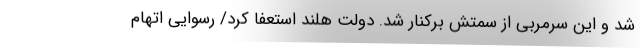
شد و این سرمربی از سمتش برکنار شد. دولت هلند استعفا کرد/ رسوایی اتهام